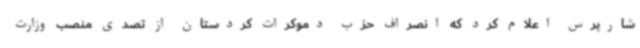
شارپرس اعلام کرد که انصراف حزب دموکرات کردستان از تصدی منصب وزارت